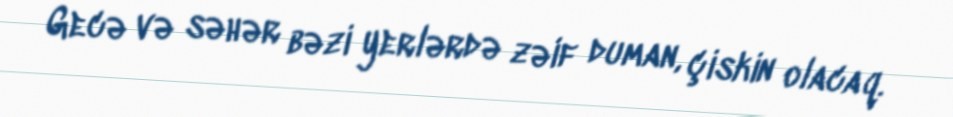
Gecə və səhər bəzi yerlərdə zəif duman, çiskin olacaq.